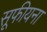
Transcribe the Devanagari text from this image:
सूफीयना